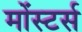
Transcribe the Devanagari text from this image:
मोंस्टर्स